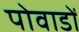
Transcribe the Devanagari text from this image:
पोवाडों